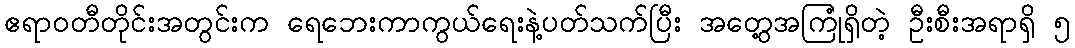
ဧရာဝတီတိုင်းအတွင်းက ရေဘေးကာကွယ်ရေးနဲ့ပတ်သက်ပြီး အတွေ့အကြုံရှိတဲ့ ဦးစီးအရာရှိ ၅